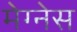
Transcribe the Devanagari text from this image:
मेग्नेस